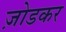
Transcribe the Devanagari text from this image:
ज़ोडकर